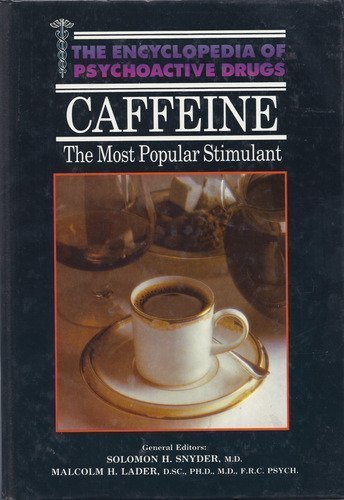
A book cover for Caffeine (Encyclopedia of psychoactive drugs); Richard J Gilbert; Health, Fitness & Dieting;